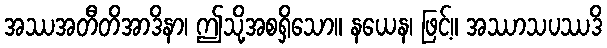
အဿအတီတိအာဒိနာ၊ ဤသို့အစရှိသော။ နယေန၊ ဖြင့်။ အဿာသပဿဒိ